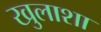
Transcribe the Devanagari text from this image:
खुलाशा